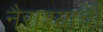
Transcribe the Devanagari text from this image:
नैराश्याची